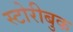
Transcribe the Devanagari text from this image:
स्टोरीबुक